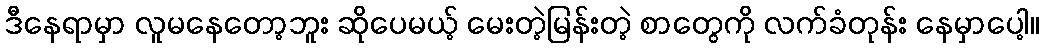
ဒီနေရာမှာ လူမနေတော့ဘူး ဆိုပေမယ့် မေးတဲ့မြန်းတဲ့ စာတွေကို လက်ခံတုန်း နေမှာပေါ့။